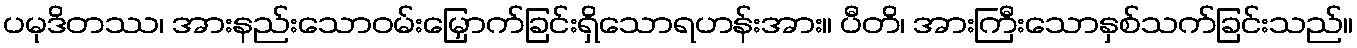
ပမုဒိတဿ၊ အားနည်းသောဝမ်းမြှောက်ခြင်းရှိသောရဟန်းအား။ ပီတိ၊ အားကြီးသောနှစ်သက်ခြင်းသည်။